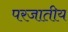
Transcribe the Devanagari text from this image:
परजातीय